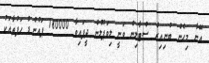
އޭނާ މިހެން ބުނިއިރު ސްޓާލިން ވަނީ ލިވަޕޫލުން ދީފައިވާ 180000 ޕައުންޑް ހަފުތާއަކު